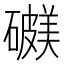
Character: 𥖺